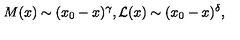
M ( x ) \sim ( x _ { 0 } - x ) ^ { \gamma } , { \cal L } ( x ) \sim ( x _ { 0 } - x ) ^ { \delta } ,